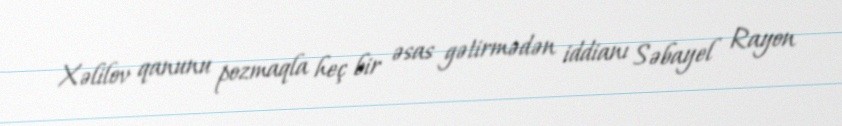
Xəlilov qanunu pozmaqla heç bir əsas gətirmədən iddianı Səbayel Rayon